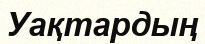
Уақтардың